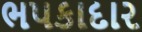
ભપકાદાર